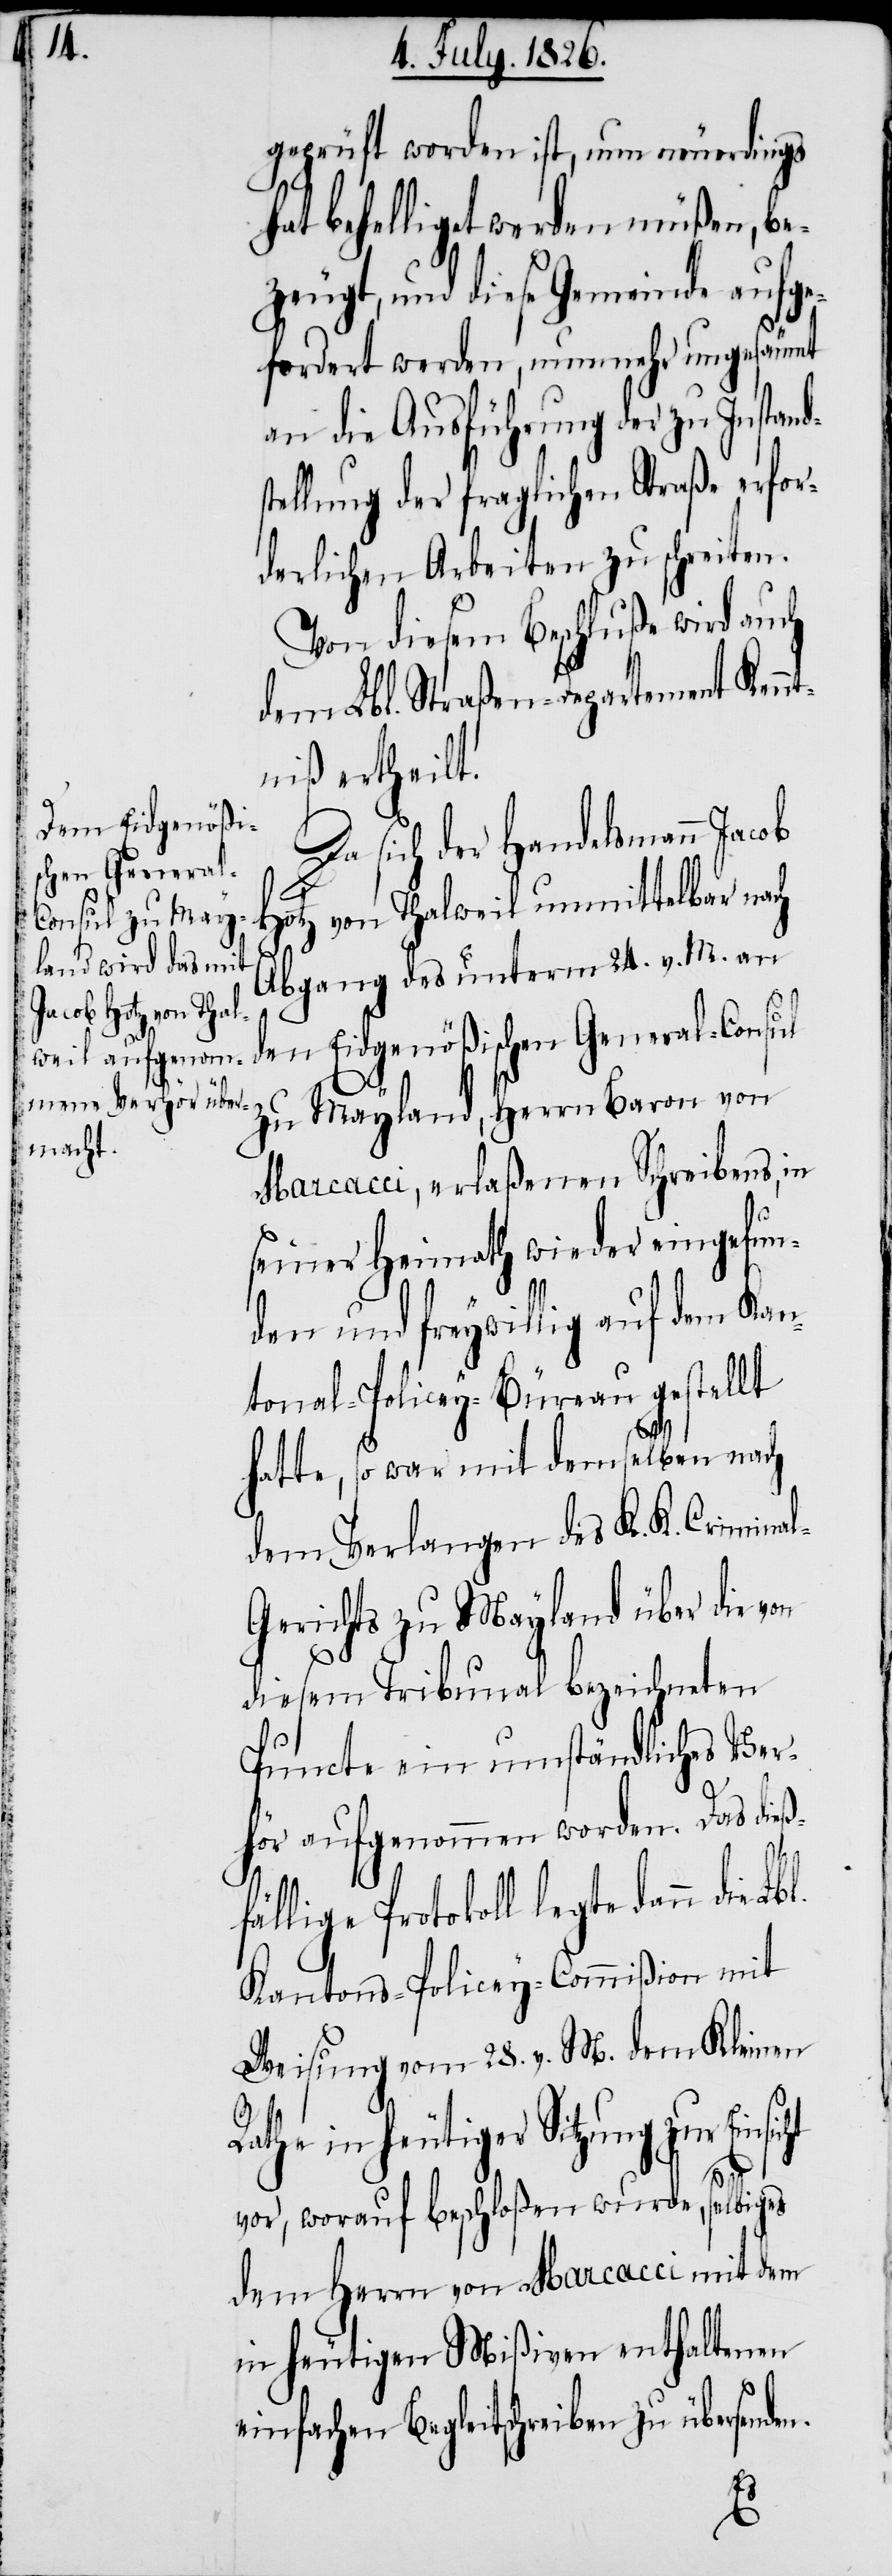
geprüft worden ist, nun neuerdings
at behelliget werden müßen, be¬
zeugt, und diese Gemeinde aufge¬
fordert werden, nunmehr ungesäumt
an die Ausführung der zu Instand¬
tellung der fraglichen Straße erfor¬
derlichen Arbeiten zu schreiten.
Von diesem Beschluße wird auch
dem Lbl. Straßen-Departement Kennt¬
niß ertheilt.
Da sich der Handelsmann Jacob
Hotz von Thalweil unmittelbar nach
ß¬
Abgang des unterm 14. v. M. an
den Eidgenößischen General-Consul
zu Mayland, Herrn Baron von
Marcacci, erlaßenen Schreibens, in
seiner Heimath wieder eingefun¬
den und freywillig auf dem Kan¬
tonal-Policey-Büreau gestellt
hatte, so war mit demselben nach
dem Verlangen des K. K. Crimina¬
l-Gerichts zu Mayland über die von
diesem Tribunal bezeichneten
Puncte ein umständliches Ver¬
hör aufgenommen worden. Das die¬
fällige Protokoll legte dann die
Kantons-Policey-Commißion mit
Weisung vom 28. v. M. dem Kleinen
Rathe in heutiger Sitzung zur
vor, worauf beschloßen wurde, selbiges
dem Herrn von Marcacci mit dem
in heutigen Mißiven enthaltenen
einfachen Begleitschreiben zu übersenden.